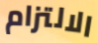
الالتزام